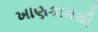
ખાણકામથી